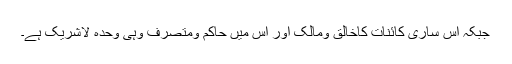
جبکہ اس ساری کائنات کاخالق ومالک اور اس میں حاکم ومتصرف وہی وحدہ لاشریک ہے۔